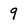
Character: 9